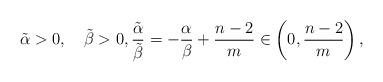
LaTeX: \begin{align*}\tilde\alpha>0,\quad\tilde\beta>0,\frac{\tilde\alpha}{\tilde\beta}=-\frac{\alpha}{\beta}+\frac{n-2}{m}\in \left(0,\frac{n-2}{m}\right),\end{align*}